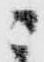
ニ